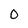
Character: 0